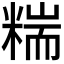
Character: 𥻁